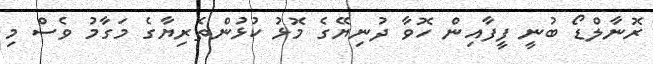
ރޮނާލްޑޯ ބުނީ ފީފާއިން ހޮވާ ދުނިޔޭގެ މޮޅު ކުޅުންތެރިޔާގެ މަގާމު ވެސް މި